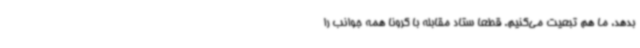
بدهد، ما هم تبعیت می‌کنیم. قطعا ستاد مقابله با کرونا همه جوانب را